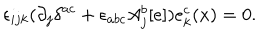
\epsilon _ { i j k } ( \partial _ { j } \delta ^ { a c } + \epsilon _ { a b c } A _ { j } ^ { b } [ e ] ) e _ { k } ^ { c } ( x ) = 0 .